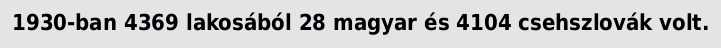
1930-ban 4369 lakosából 28 magyar és 4104 csehszlovák volt.